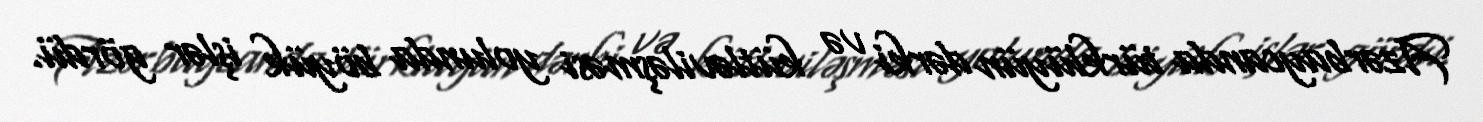
Azərbaycanda türklüyün dərki və kütləviləşməsi yolunda böyük işlər gördü.